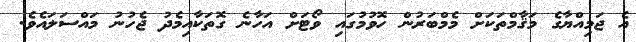
އެ ޖަމިއްޔާގެ މަޤާމްތަކަށް މެމްބަރުން ހޮވުމުގައި ވޯޓަށް އަހާނެ ގޮތަކާއިމެދު ޖެހުނު މައްސަލައެވެ.